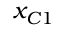
x _ { C 1 }